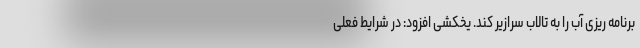
برنامه ریزی آب را به تالاب سرازیر کند. یخکشی افزود: در شرایط فعلی